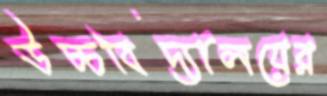
উচ্চবিদ্যালয়ের